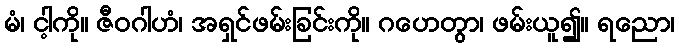
မံ၊ ငါ့ကို။ ဇီဝဂါဟံ၊ အရှင်ဖမ်းခြင်းကို။ ဂဟေတွာ၊ ဖမ်းယူ၍။ ရညော၊